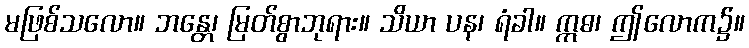
မဖြစ်သလော။ ဘန္တေ၊ မြတ်စွာဘုရား။ သိယာ ပန၊ ရံခါ။ ဣဓ၊ ဤလောက၌။